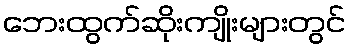
ဘေးထွက်ဆိုးကျိုးများတွင်